Report on vaccination in the Province of Bengal - 1874-1889
Year: 1874
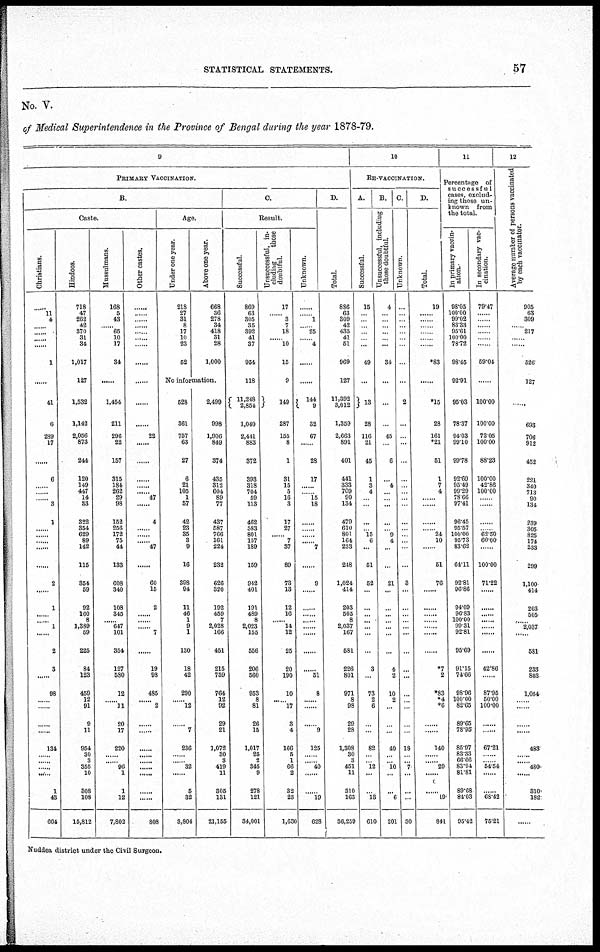
STATISTICAL STATEMENTS.
57
No. V.
of Medical Superintendence in the Province of Bengal during the year 1878-79.
9
PRIMARY VACCINATION.
B.
Caste.
Christians.
......
11
4
......
......
......
......
1
......
41
6
289
17
......
6
......
......
...... 3
1
......
......
......
......
2
......
1
......
...... 1
......
2
3
......
98
......
......
......
......
134
......
......
......
......
1
43
664
Hindoos.
718
47
262
42
370
31
34
1,017
127
1,632
1,142
2,056
873
244
120
149
447
14
33
322
354
629
89
142
115
354
59
92
160
8
1,389
59
225
84
123
459
12
91
9
11
954
30
3
355
10
308
108
15,812
Mussulmans.
168
5
43
......
65
10
17
84
......
1,454
211
296
22
157
315
184
262
29
98
152
256
172
75
44
133
608
340
108
345
...... 647
101
354
127
580
12
...... 11
20
17
220
......
...... 96
1
1
12
7,802
Other castes.
......
......
......
......
......
......
......
......
......
......
......
22
......
......
......
......
...... 47
......
4
......
......
...... 47
......
60
15
2
......
......
...... 7
......
19
98
485
...... 2
......
......
......
......
......
......
......
......
......
808
Age.
Under one year.
218
27
31
8
17
10
23
52
Above one year.
668
36
278
34
418
31
28
1,000
No information.
528
361
757
63
27
6
21
105
1
57
42
23
35
3
9
16
398
94
11
46
1
9
1
130
18
42
290
...... 12
......
7
236
......
...... 32
......
5
32
3,804
2,499
998
1,906
849
374
435
312
604
89
77
437
587
766
161
224
232
626
320
192
459
7
2,028
166
451
215
759
764
12
92
29
21
1,072
80
3
419
11
305
131
21,155
C.
Result.
Successful.
869
63
305
35
892
41
37
954
118
11,248
2,854
1,040
2,441
883
372
393
318
704
59
113
462
583
801
157
189
159
942
401
191
489
8
2,023
155
556
206
560
953
8
81
26
15
1,017
25
2
345
9
278
121
34,001
Unsuccessful, in-
-------
those
doubtful.
17
...... 3
7
18
...... 10
15
9
149
287
155
8
1
31
15
5
16
3
17
27
...... 7
37
89
73
13
12
16
...... 14
12
25
20
190
10
...... 17
3
4
166
5
1
66
2
32
23
1,630
Unknown.
......
...... 1
...... 25
...... 4
......
......
144
9
32
67
......
28
17
......
...... 15
18
......
......
......
...... 7
......
9
......
......
......
......
......
......
......
......
51
8
......
......
......
9
125
......
...... 40
......
......
19
628
D.
Total.
886
63
309
42
435
41
51
969
127
11,392
3,012
1,359
2,663
891
401
441
333
709
90
134
479
610
801
164
233
248
1,024
414
203
505
8
2,037
167
581
226
801
971
8
98
29
28
1,308
30
3
451
11
310
163
36,259
10
RE-VACCINATION.
A.
Successful.
15
...
...
...
...
...
...
49
...
13
28
116
21
45
1
3
4
...
...
...
... 15
6
...
51
52
...
...
...
...
...
...
...
3
...
73
2
6
...
...
82
...
... 12
...
...
13
610
B.
Unsuccessful, including
those doubtful.
4
...
...
...
...
...
...
34
...
...
...
45
...
6
...
4
...
...
...
...
... 9
4
...
...
21
...
...
...
...
...
...
...
4
2
10
2
...
...
...
40
...
... 10
...
...
6
201
C.
Unknown.
...
...
...
...
...
...
...
...
...
2
...
...
...
...
...
...
...
...
...
...
...
...
...
...
...
3
...
...
...
...
...
...
...
...
...
...
...
...
...
...
18
...
... 7
...
...
...
30
D.
Total.
19
......
......
......
.
......
......
*83
......
*15
28
161
*21
51
1
7
4
......
......
......
...... 24
10
......
61
76
......
......
......
......
......
......
......
*7
2
*83
*4
*6
...
...
140
...
...
29
......
......
19
841
11
Percentage of
successful
cases, exclud-
ing those un-
known from
the total.
In primary vaccin-
ation.
98.05
100.00
99.02
83.38
95.61
100.00
78.72
98.45
92.91
95.03
78.37
94.03
99.10
99.78
92.69
95.49
99.29
78.66
97.41
96.45
95.57
100.00
95.73
83.62
64.11
92.81
96.86
94.09
96.83
100.00
99.31
92.81
95.69
91.15
74.66
98.96
100.00
82.65
89.65
78.95
85.97
83.33
66.66
83.94
81.81
89.68
84.03
95.42
In secondary vac-
cination.
79.47
......
......
......
......
......
......
59.04
......
100.00
100.00
72.05
100.00
88.23
100.00
42.86
100.00
......
......
......
...... 62.50
60.00
......
100.00
71.22
......
......
......
......
......
......
......
42.86
......
87.95
50.00
100.00
......
......
67.21
......
...... 54.54
......
......
68.42
75.21
12
Average number of persons vaccinated
by each vaccinator.
905
63
309
...... 217
......
......
526
127
......
693
706
912
452
221
340
713
90
134
239
305
825
174
233
299
1,100
414
203
505
...... 2,037
......
581
233
803
1,054
......
......
......
......
483
......
...... 480
......
310
182
......
Nuddea district under the Civil Surgeon.